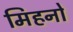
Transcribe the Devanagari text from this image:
मिहनो